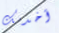
أخدمك